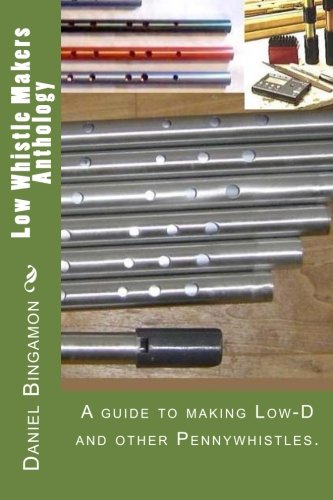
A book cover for Low Whistle Makers Anthology: A guide to make Low-D and other Pennywhistles.; Daniel R Bingamon; Crafts, Hobbies & Home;